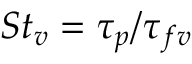
S t _ { v } = \tau _ { p } / \tau _ { f v }